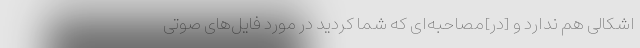
اشکالی هم ندارد و [در]مصاحبه‌ای که شما کردید در مورد فایل‌های صوتی